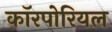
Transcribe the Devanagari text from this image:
कॉरपोरियल